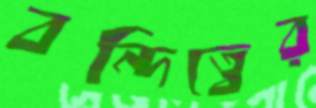
বন্দিত্বের